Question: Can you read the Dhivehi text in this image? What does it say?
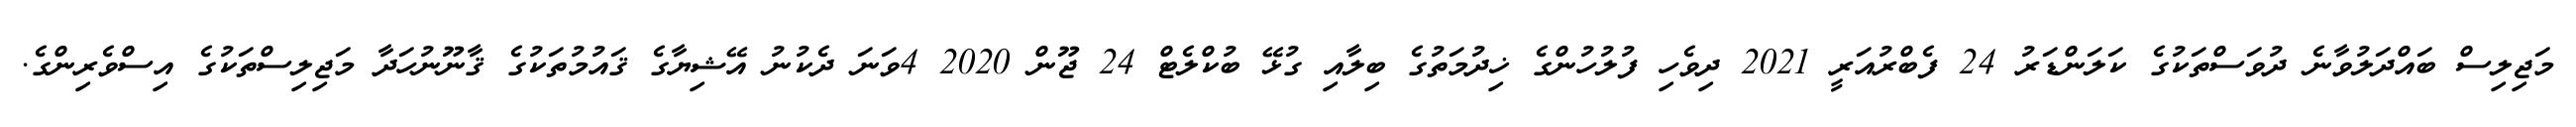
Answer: މަޖިލިސް ބައްދަލުވާނެ ދުވަސްތަކުގެ ކަލަންޑަރު 24 ފެބްރުއަރީ 2021 ދިވެހި ފުލުހުންގެ ޚިދުމަތުގެ ބިލާއި ގުޅޭ ބުކްލެޓް 24 ޖޫން 2020 4ވަނަ ދެކުނު އޭޝިޔާގެ ޤައުމުތަކުގެ ޤާނޫނުހަދާ މަޖިލިސްތަކުގެ އިސްވެރިންގެ.